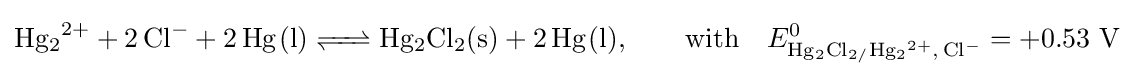
{\ce {Hg2^2+ + 2Cl^- + 2Hg(l) <=> Hg2Cl2(s) + 2Hg(l)}},\qquad {\ce {with}}\quad E_{{\ce {Hg2Cl2/Hg2^2+, Cl-}}}^{0}=+0.53\ {\ce {V}}